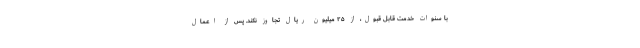
با سنوات خدمت قابل قبول، از ۲۵ میلیون ریال تجاوز نکند. پس از اعمال